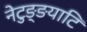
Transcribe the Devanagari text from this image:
नेटुङ्ङयाटि